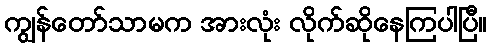
ကျွန်တော်သာမက အားလုံး လိုက်ဆိုနေကြပါပြီ။